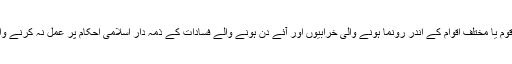
اسی طرح ایک قوم یا مختلف اقوام کے اندر رونما ہونے والی خرابیوں اور آئے دن ہونے والے فسادات کے ذمہ دار اسلامی احکام پر عمل نہ کرنے والے مدارس ہیں۔